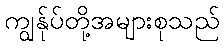
ကျွန်ုပ်တို့အများစုသည်